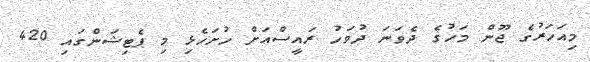
މިއަހަރުގެ ޖޫން މަހުގެ ދެވަނަ ދުވަހު ރައީސްއަށް ހުށަހެޅި މި ޕެޓިޝަންގައި 420